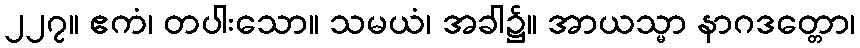
၂၂၇။ ဧကံ၊ တပါးသော။ သမယံ၊ အခါ၌။ အာယသ္မာ နာဂဒတ္တော၊